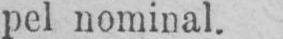
pel nominal.